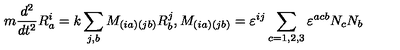
m \frac { d ^ { 2 } } { d t ^ { 2 } } R _ { a } ^ { i } = k \sum _ { j , b } M _ { \left( i a \right) \left( j b \right) } R _ { b } ^ { j } , M _ { \left( i a \right) \left( j b \right) } = \varepsilon ^ { i j } \sum _ { c = 1 , 2 , 3 } \varepsilon ^ { a c b } N _ { c } N _ { b }